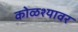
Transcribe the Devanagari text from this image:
कोळश्यावर